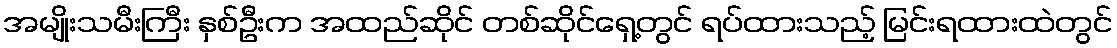
အမျိုးသမီးကြီး နှစ်ဦးက အထည်ဆိုင် တစ်ဆိုင်ရှေ့တွင် ရပ်ထားသည့် မြင်းရထားထဲတွင်